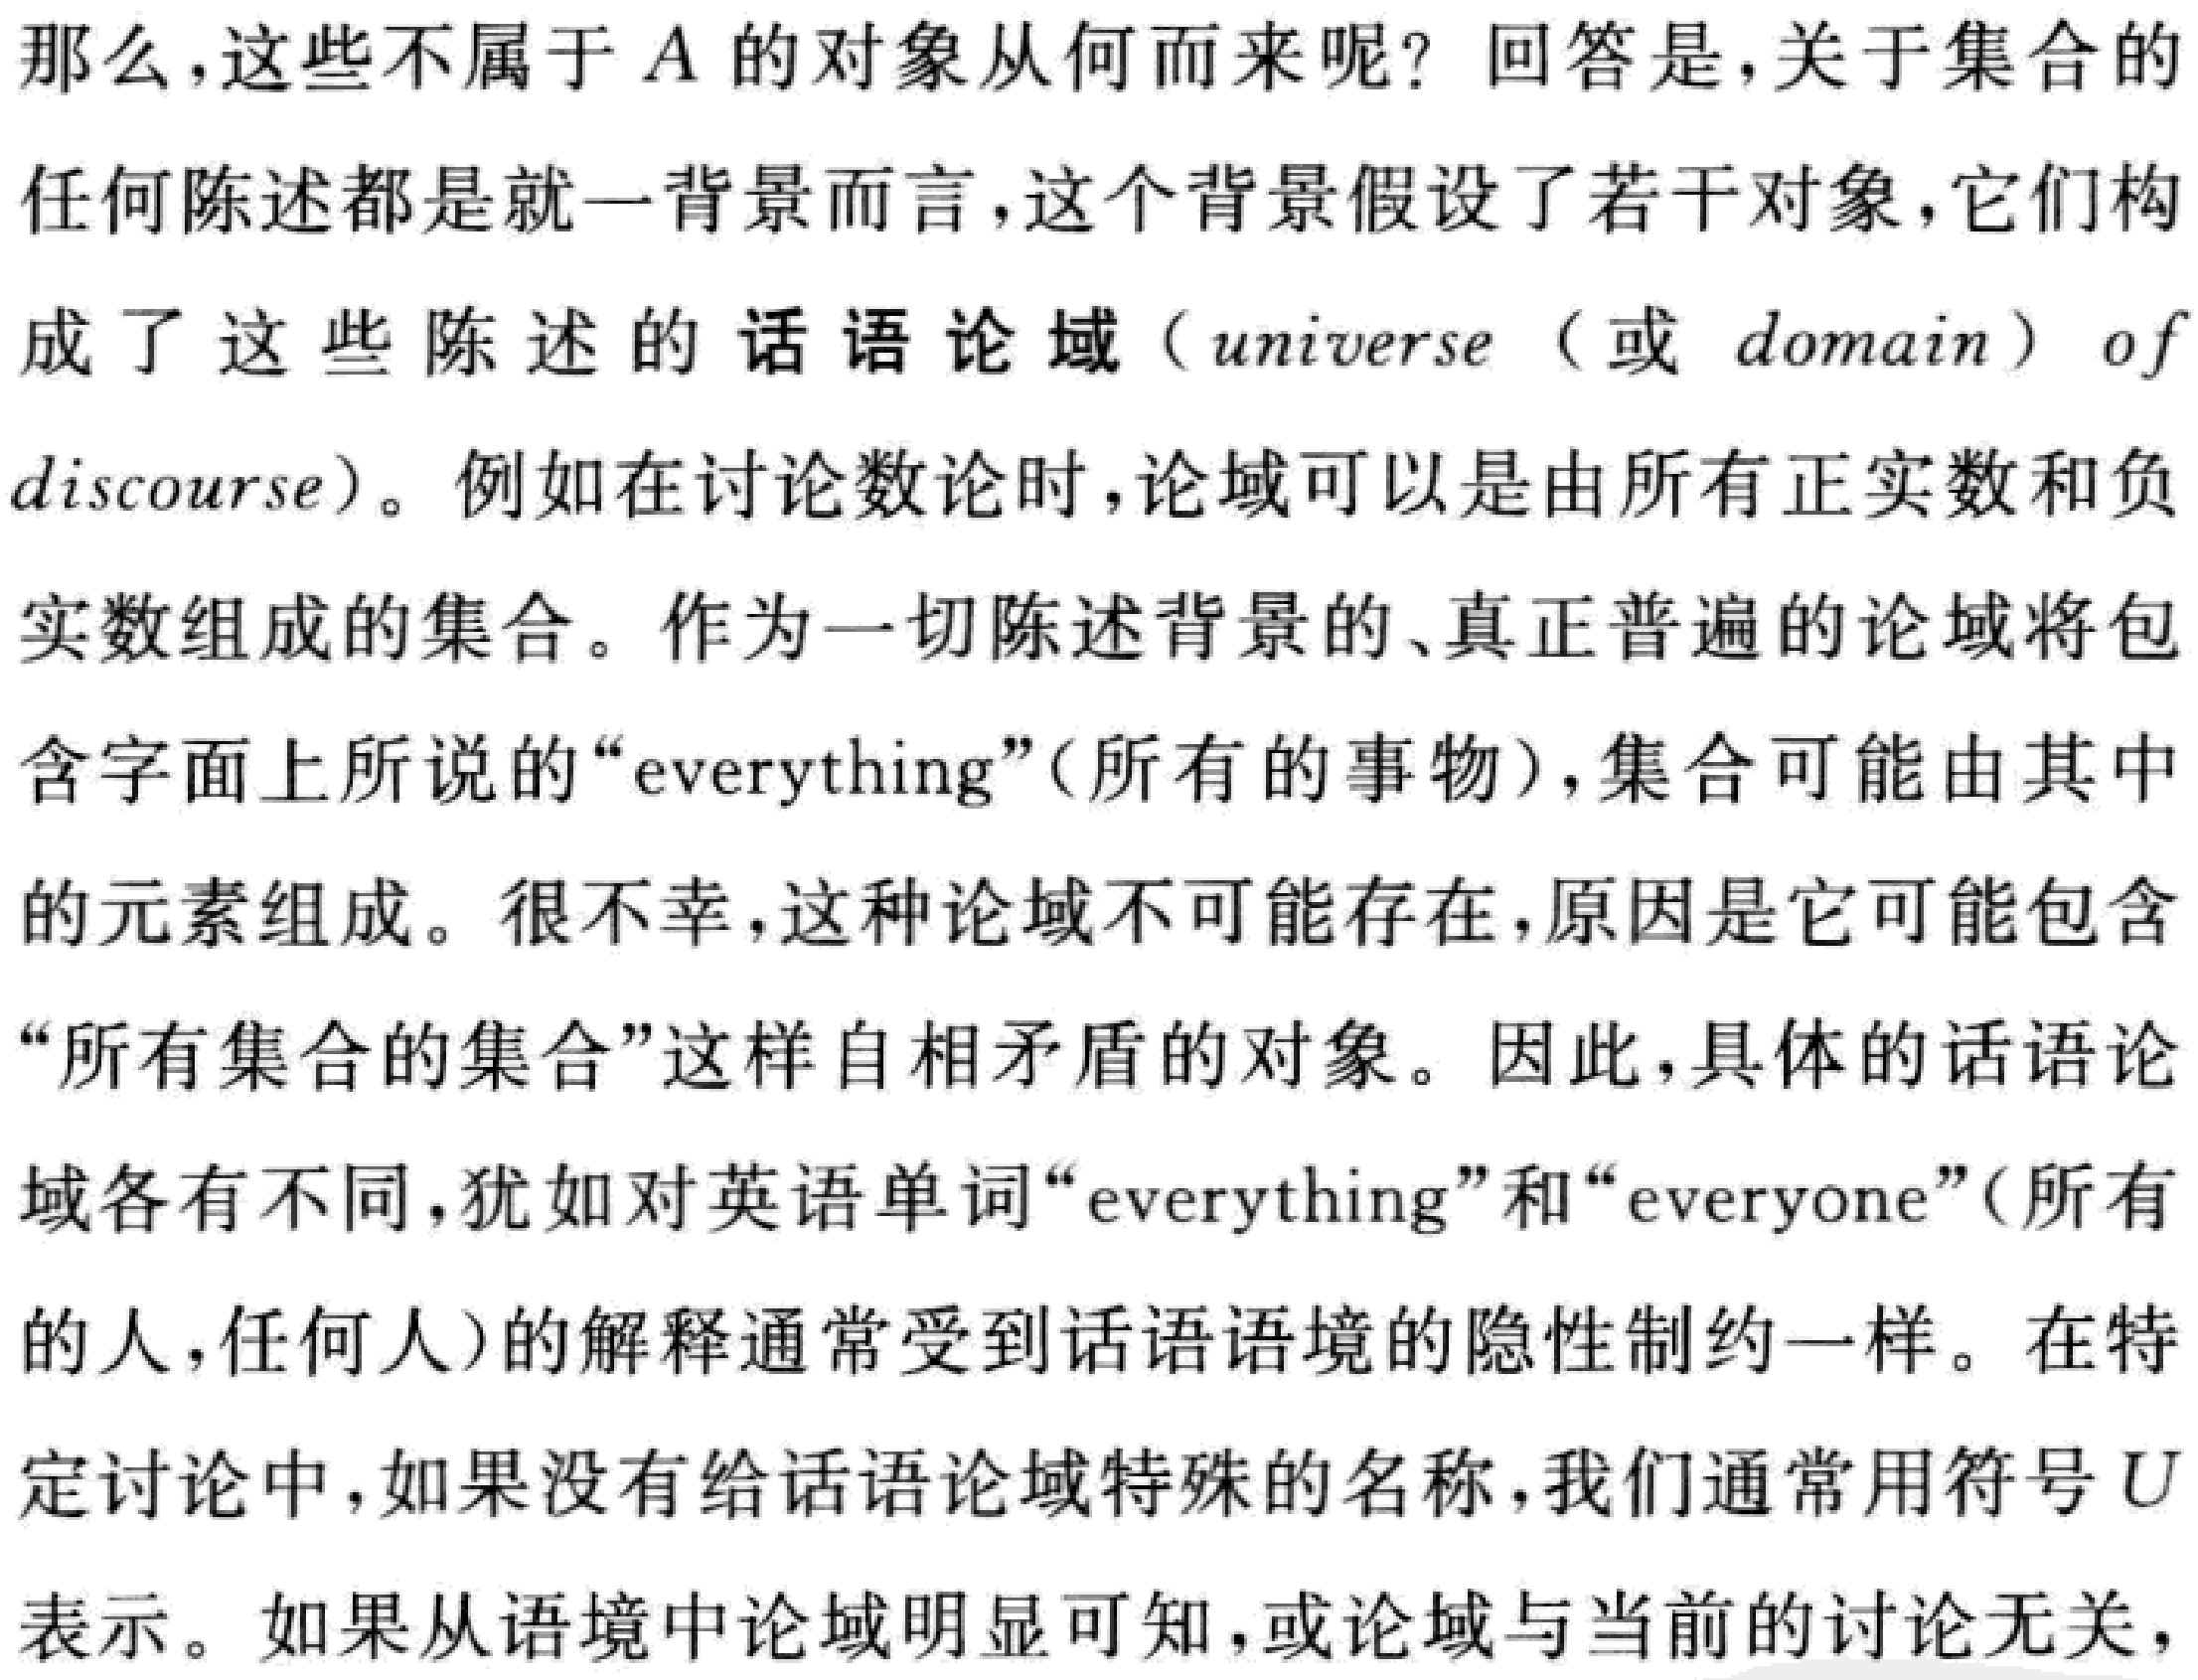
那么，这些不属于\(A\)的对象从何而来呢？回答是，关于集合的

任何陈述都是就一背景而言，这个背景假设了若干对象，它们构

成了这些陈述的话语论域（universe（或 domain） of

discourse）。例如在讨论数论时，论域可以是由所有正实数和负

实数组成的集合。作为一切陈述背景的、真正普遍的论域将包

含字面上所说的“everything”（所有的事物），集合可能由其中

的元素组成。很不幸，这种论域不可能存在，原因是它可能包含

“所有集合的集合”这样自相矛盾的对象。因此，具体的话语论

域各有不同，犹如对英语单词“everything”和“everyone”（所有

的人，任何人）的解释通常受到话语语境的隐性制约一样。在特

定讨论中，如果没有给话语论域特殊的名称，我们通常用符号\(U\)

表示。如果从语境中论域明显可知，或论域与当前的讨论无关，